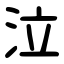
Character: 泣